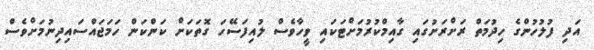
އަދި ފުލުހުންގެ ހިދުމަތް ރަށްރަށުގައި ގާއިމްކުރުމަށްޓަކައި ވީހާވެސް ލުއިފަަސޭހަ ގޮތަކަށް ކަންކަން ހަމަޖައްސައިދިނުމަށްވެސް